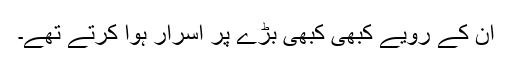
ان کے رویے کبھی کبھی بڑے پر اسرار ہوا کرتے تھے۔